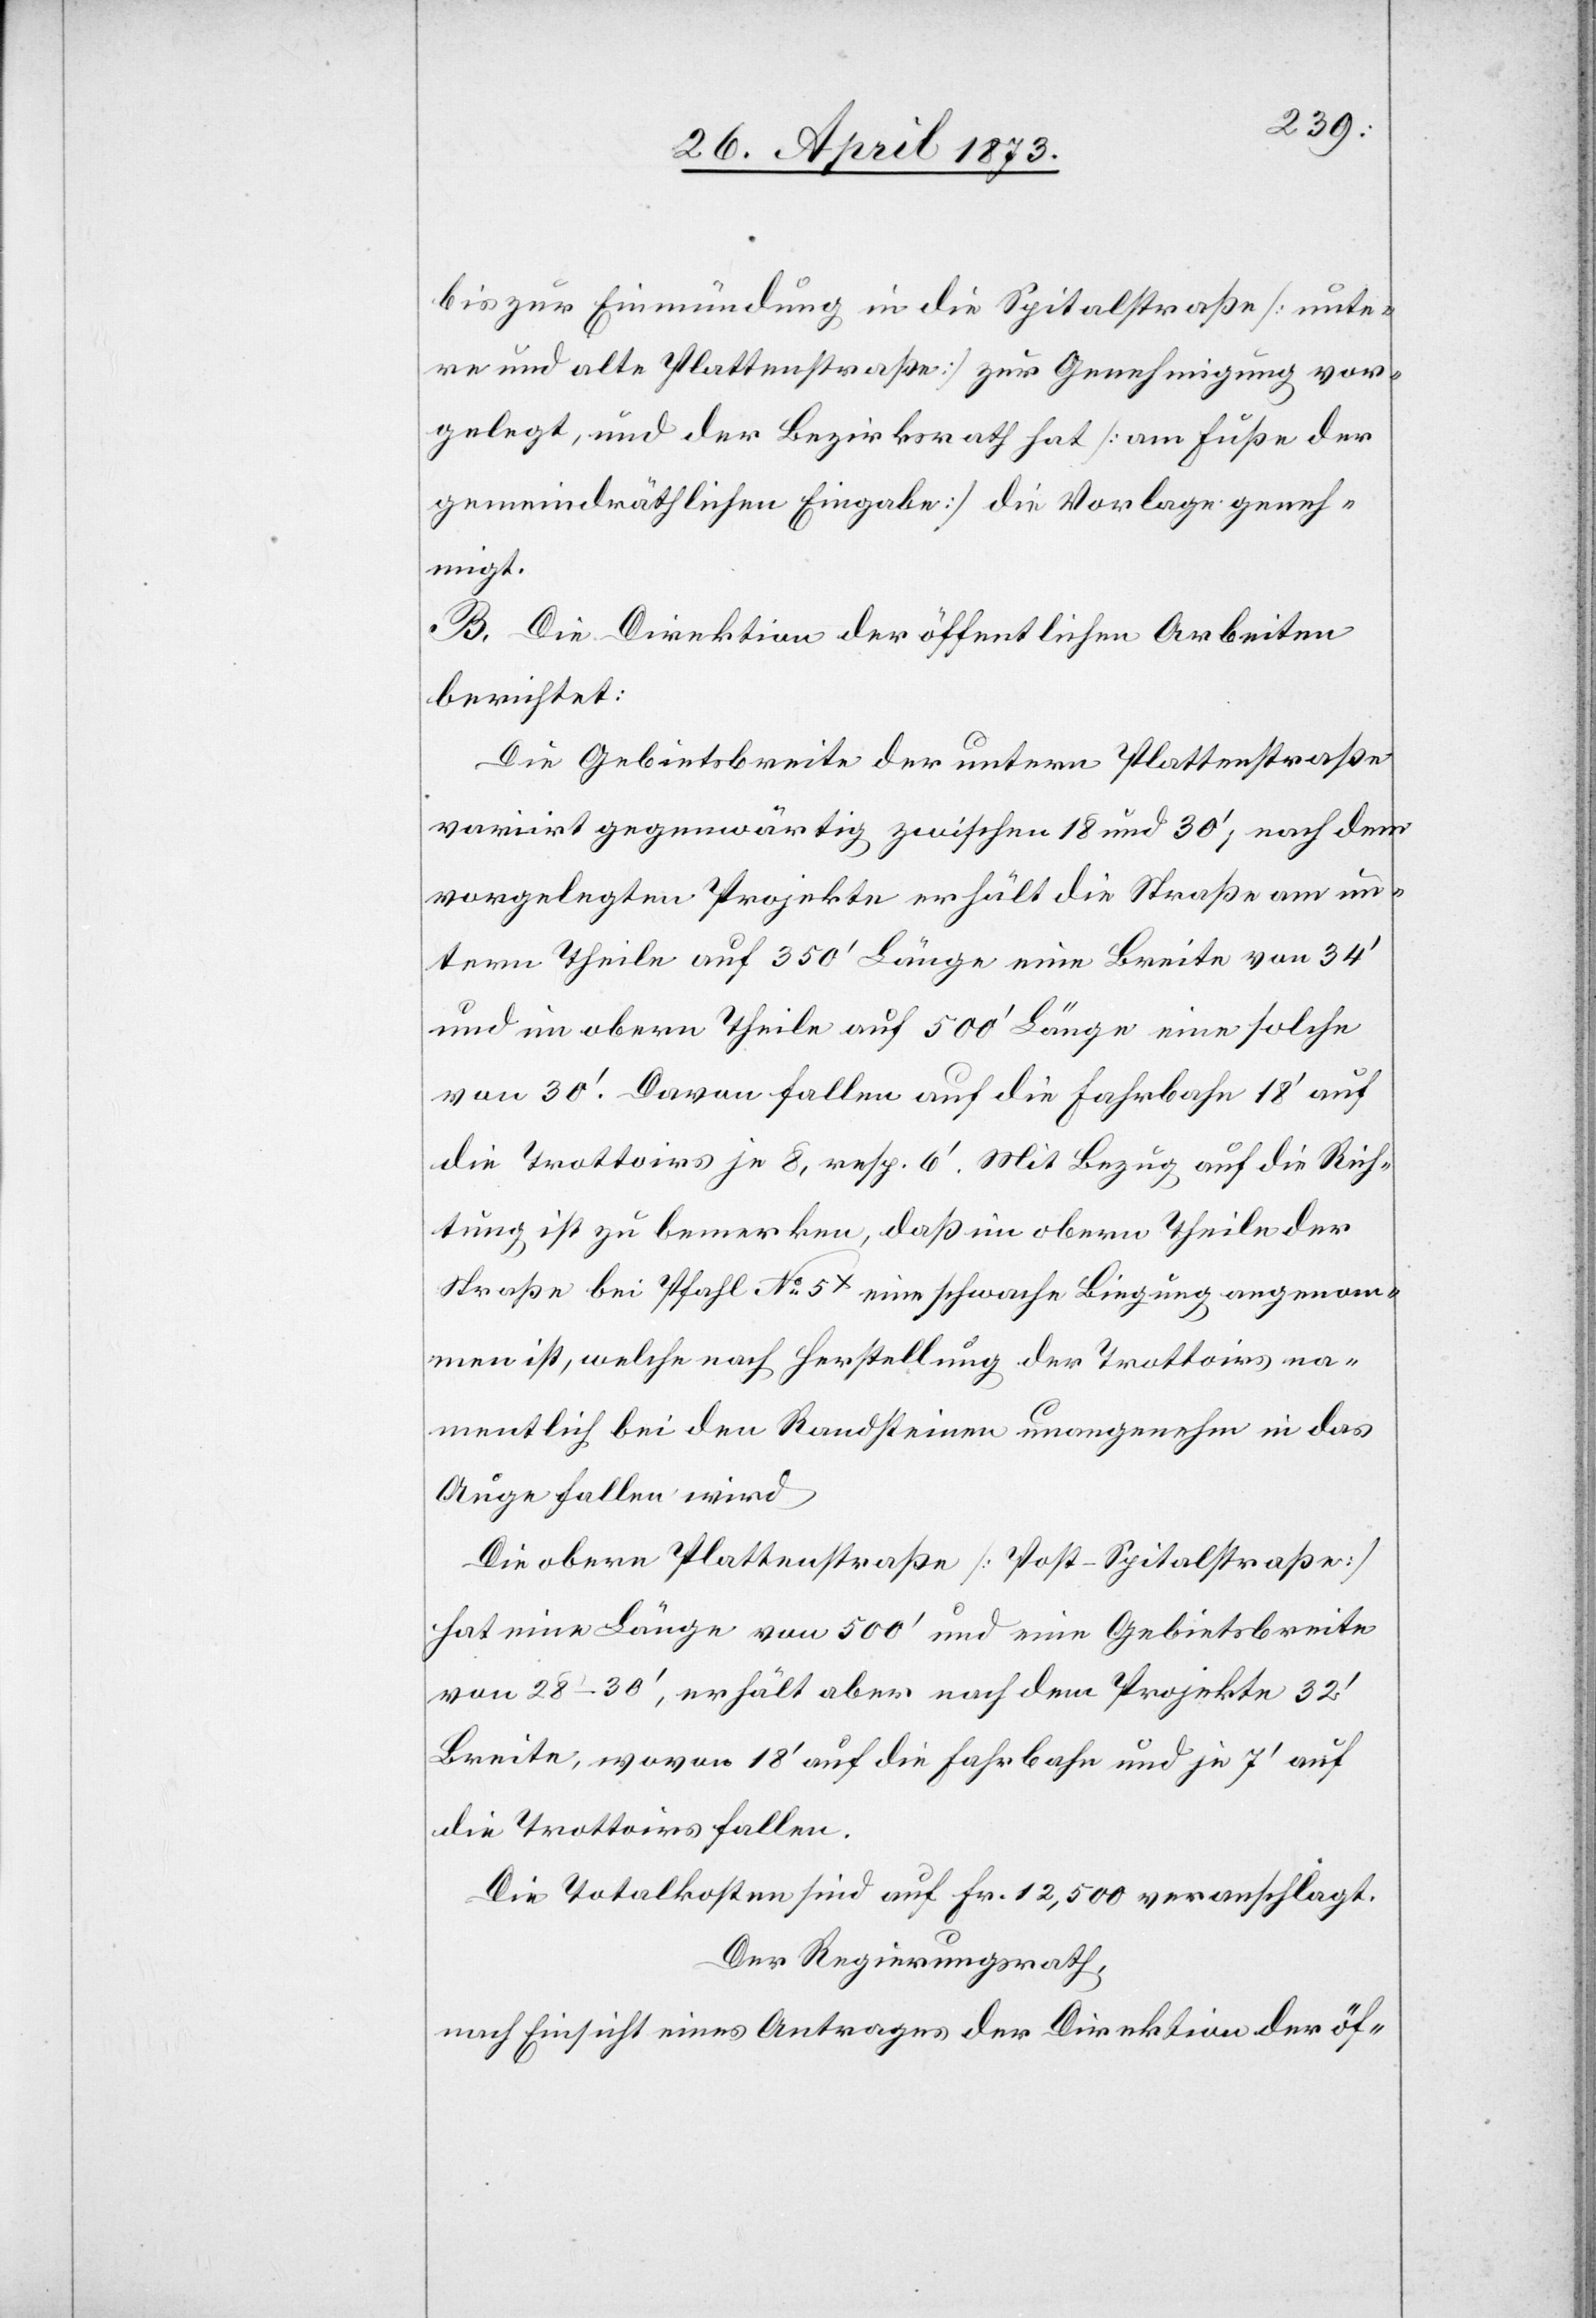
bis zur Einmündung in die Spitalstraße [unte¬
re und alte Plattenstraße] zur Genehmigung vor¬
gelegt, und der Bezirksrath hat [am Fusse der
gemeindräthlichen Eingabe] die Vorlage geneh¬
migt.
B. Die Direktion der öffentlichen Arbeiten
berichtet:
Die Gebietsbreite der untern Plattenstraße
variirt gegenwärtig zwischen 18 und 30‘, nach dem
vorgelegten Projekte erhält die Straße am un¬
tern Theile auf 350‘ Länge eine Breite von 34‘
und im obern Theile auf 500‘ Länge eine solche
von 30‘. Davon fallen auf die Fahrbahn 18‘ auf
die Trottoirs je 8, resp. 6‘. Mit Bezug auf die Rich¬
tung ist zu bemerken, daß im obern Theile der
Straße bei Pfahl No 5x eine schwache Biegung angenom¬
men ist, welche nach Herstellung der Trottoirs na¬
mentlich bei den Randsteinen unangenehm in das
Auge fallen wird.
Die obere Plattenstraße [Post-Spitalstraße]
hat eine länge von 500‘ und eine Gebietsbreite
von 28–30‘, erhält aber nach dem Projekte 32‘
Breite, wovon 18‘ auf die Fahrbahn und je 7‘ auf
die Trottoirs fallen.
Die Totalkosten sind auf Fr. 12,500 veranschlagt.
Der Regierungsrath,
nach Einsicht eines Antrages der Direktion der öf-